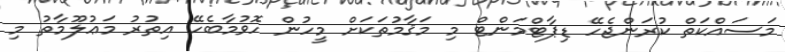
މަސައްކަތް ކުރަންޖެހޭ ޑިޕާޓްމަންޓް މި މަޤާމުތަކަށް މީހުން ހޮވުމާބެހޭ އިތުރު މަޢުލޫމާތު މި